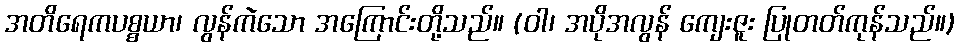
အတိရေကပစ္စယာ၊ လွန်ကဲသော အကြောင်းတို့သည်။ (ဝါ၊ အပိုအလွန် ကျေးဇူး ပြုတတ်ကုန်သည်။)